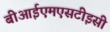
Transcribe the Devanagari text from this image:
बीआईएमएसटीइसी